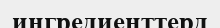
ингредиенттерд